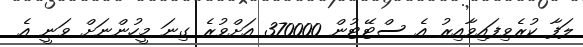
ލަފާ ކުރެވިފައިވާއިރު އެ ސްޓޭޓުން 370000 އަށްވުރެ ގިނަ މީހުންނަށް ވަނީ އެ